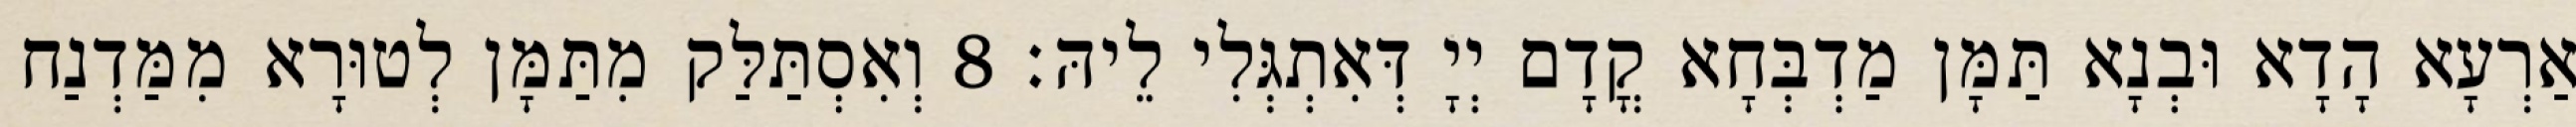
אַרְעָא הָדָא וּבְנָא תַּמָּן מַדְבְּחָא קֳדָם יְיָ דְּאִתְגְּלִי לֵיהּ׃ 8 וְאִסְתַּלַּק מִתַּמָּן לְטוּרָא מִמַּדְנַח